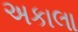
અકાલા